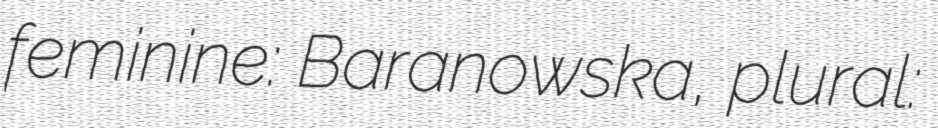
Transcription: feminine: Baranowska, plural: